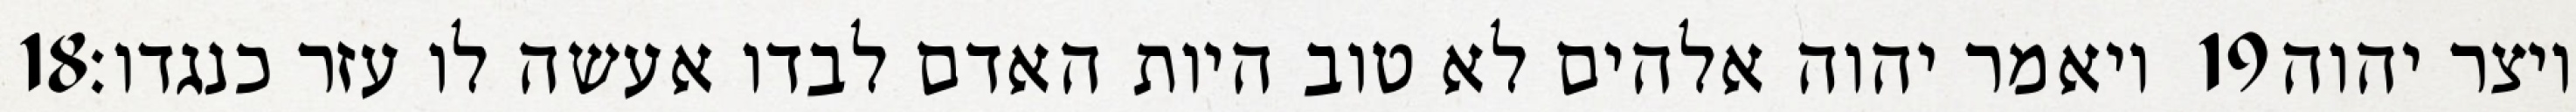
‎18‏ ויאמר יהוה אלהים לא טוב היות האדם לבדו אעשה לו עזר כנגדו׃ ‎19‏ ויצר יהוה